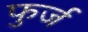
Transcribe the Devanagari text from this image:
फुर्ज